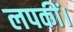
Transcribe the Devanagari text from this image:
लपकीं।